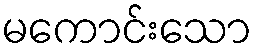
မကောင်းသော